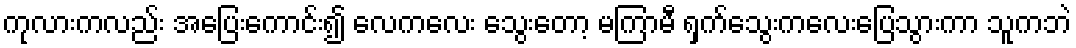
ကုလားကလည်း အပြေးကောင်း၍ လေကလေး သွေးတော့ မကြာမီ ရှက်သွေးကလေးပြေသွားကာ သူကဘဲ